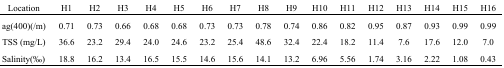
| Location | H1 | H2 | H3 | H4 | H5 | H6 | H7 | H8 | H9 | H10 | H11 | H12 | H13 | H14 | H15 | H16 |
 | --- | --- | --- | --- | --- | --- | --- | --- | --- | --- | --- | --- | --- | --- | --- | --- | --- |
 | ag(400)(/m) | 0.71 | 0.73 | 0.66 | 0.68 | 0.68 | 0.73 | 0.73 | 0.78 | 0.74 | 0.86 | 0.82 | 0.95 | 0.87 | 0.93 | 0.99 | 0.99 |
 | TSS (mg/L) | 36.6 | 23.2 | 29.4 | 24.0 | 24.6 | 23.2 | 25.4 | 48.6 | 32.4 | 22.4 | 18.2 | 11.4 | 7.6 | 17.6 | 12.0 | 7.0 |
 | Salinity(‰) | 18.8 | 16.2 | 13.4 | 16.5 | 15.5 | 14.6 | 15.6 | 14.1 | 13.2 | 6.96 | 5.56 | 1.74 | 3.16 | 2.22 | 1.08 | 0.43 |